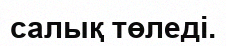
салық төледі.